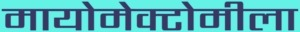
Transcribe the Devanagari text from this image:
मायोमेक्टोमीला